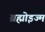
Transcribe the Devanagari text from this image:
ब्रह्मोइज्म